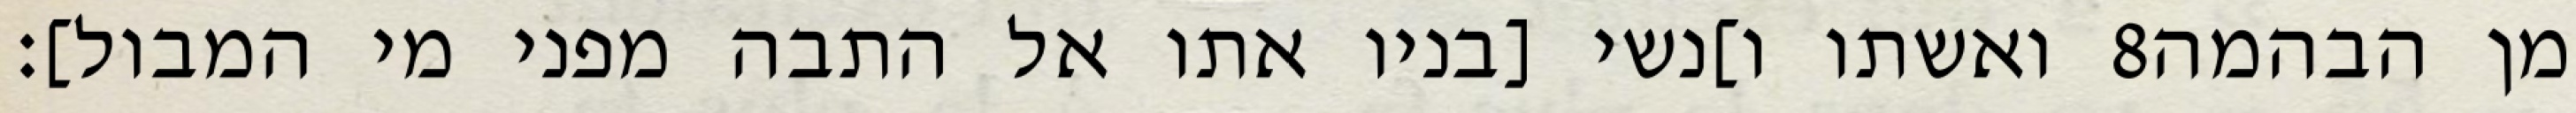
ואשתו ו]נשי [בניו אתו אל התבה מפני מי המבול]׃ ‎8‏ מן הבהמה